Indian journal of veterinary science and animal husbandry - Volume 5,
Year: 1935
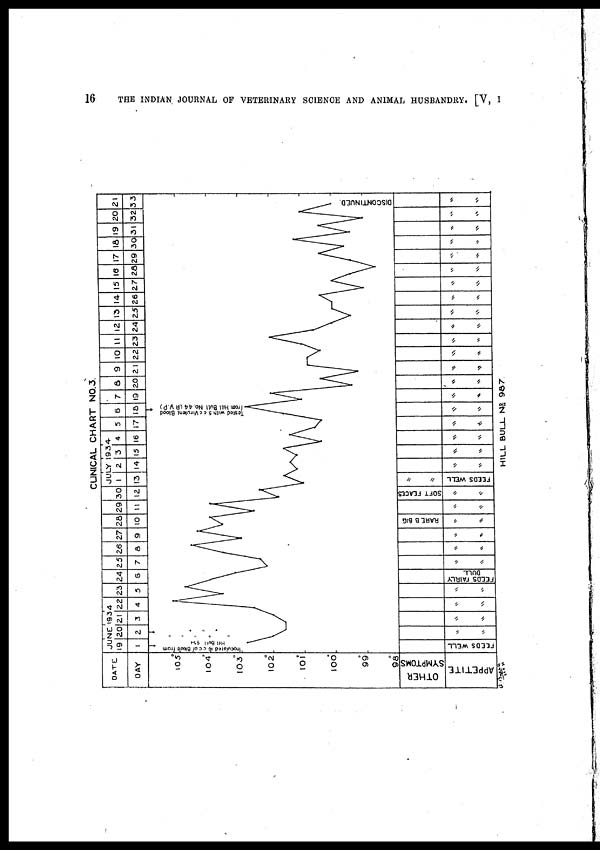
16
THE INDIAN JOURNAL OF VETERINARY SCIENCE AND ANIMAL HUSBANDRY. [V, I